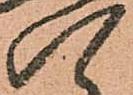
八